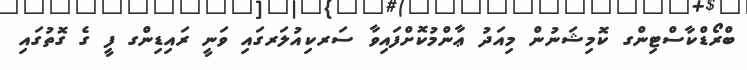
ބްރޯޑްކާސްޓިންގ ކޮމިޝަނުން މިއަދު ޢާންމުކޮށްފައިވާ ސަރކިއުލަރގައި ވަނީ ރައިޑިންގ ފީ ގެ ގޮތުގައި